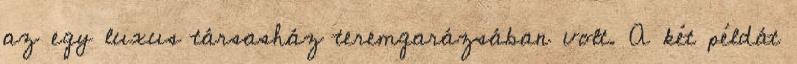
az egy luxus társasház teremgarázsában volt. A két példát